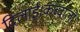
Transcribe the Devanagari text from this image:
दिलाई।कव्वालों